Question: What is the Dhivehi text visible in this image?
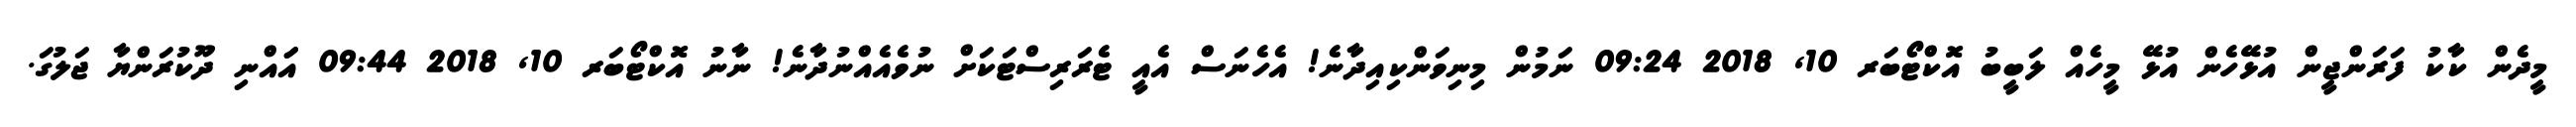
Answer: މީދެން ކާކު ފަރަންޖީން އުޅޭހެން އުޅޭ މީހެއް ލަބީބު އޮކްޓޯބަރ 10, 2018 09:24 ނަމުން މިނިވަންކިއިދާނެ! އެހެނަސް އެއީ ޓެރަރިސްޓަކަށް ނުވެއެއްނުދާނެ! ނާނު އޮކްޓޯބަރ 10, 2018 09:44 އަައްނި ދޫކުރަންޔާ ޖަލުގަ.